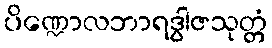
ပိဏ္ဍောလဘာရဒွါဇသုတ္တံ